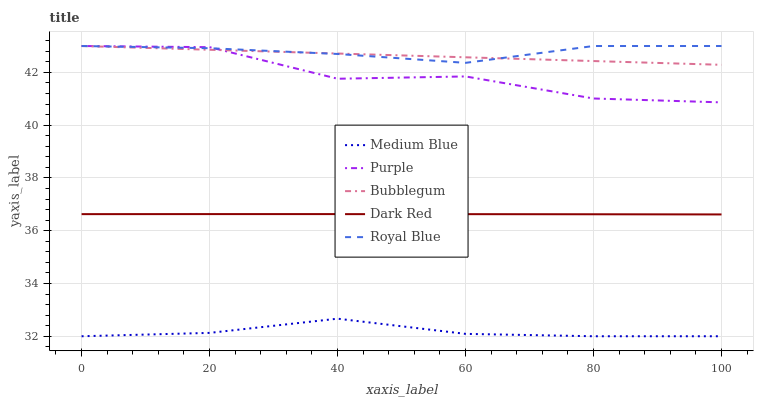
| xaxis_label | Medium Blue | Purple | Bubblegum | Dark Red | Royal Blue |
 | --- | --- | --- | --- | --- | --- |
 | 0 | 32 | 43 | 43 | 36.6 | 43 |
 | 20 | 32.1 | 43 | 42.9 | 36.6 | 42.9 |
 | 40 | 32.7 | 41.8 | 42.7 | 36.6 | 42.7 |
 | 60 | 32.1 | 41.8 | 42.6 | 36.6 | 42.4 |
 | 80 | 32 | 41 | 42.4 | 36.6 | 43 |
 | 100 | 32 | 40.9 | 42.3 | 36.6 | 43 |